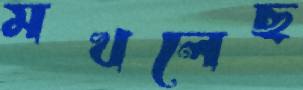
মখলেছ